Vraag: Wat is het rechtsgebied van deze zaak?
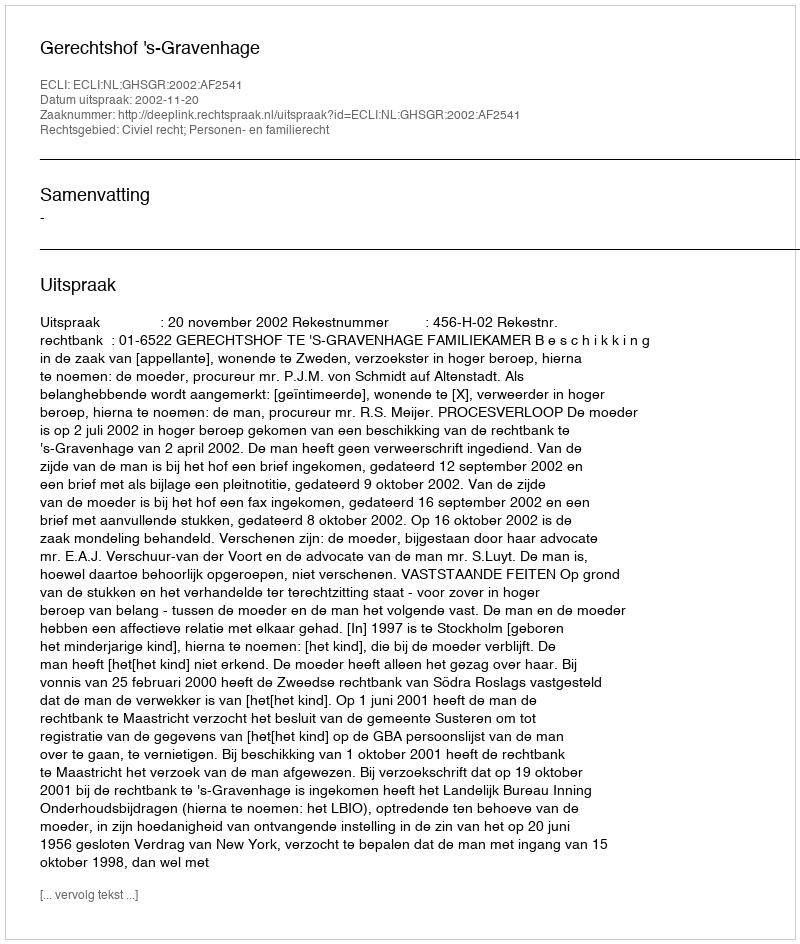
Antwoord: Civiel recht; Personen- en familierecht